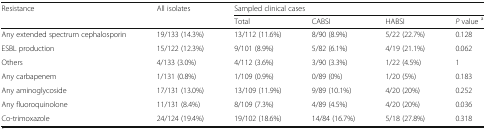
<table><thead><tr><td rowspan="2"><b>Resistance</b></td><td rowspan="2"><b>All isolates</b></td><td colspan="4"><b>Sampled clinical cases</b></td></tr><tr><td><b>Total</b></td><td><b>CABSI</b></td><td><b>HABSI</b></td><td><b><i>P</i> value <sup>a</sup></b></td></tr></thead><tbody><tr><td>Any extended spectrum cephalosporin</td><td>19/133 (14.3%)</td><td>13/112 (11.6%)</td><td>8/90 (8.9%)</td><td>5/22 (22.7%)</td><td>0.128</td></tr><tr><td>ESBL production</td><td>15/122 (12.3%)</td><td>9/101 (8.9%)</td><td>5/82 (6.1%)</td><td>4/19 (21.1%)</td><td>0.062</td></tr><tr><td>Others</td><td>4/133 (3.0%)</td><td>4/112 (3.6%)</td><td>3/90 (3.3%)</td><td>1/22 (4.5%)</td><td>1</td></tr><tr><td>Any carbapenem</td><td>1/131 (0.8%)</td><td>1/109 (0.9%)</td><td>0/89 (0%)</td><td>1/20 (5%)</td><td>0.183</td></tr><tr><td>Any aminoglycoside</td><td>17/131 (13.0%)</td><td>13/109 (11.9%)</td><td>9/89 (10.1%)</td><td>4/20 (20%)</td><td>0.252</td></tr><tr><td>Any fluoroquinolone</td><td>11/131 (8.4%)</td><td>8/109 (7.3%)</td><td>4/89 (4.5%)</td><td>4/20 (20%)</td><td>0.036</td></tr><tr><td>Co-trimoxazole</td><td>24/124 (19.4%)</td><td>19/102 (18.6%)</td><td>14/84 (16.7%)</td><td>5/18 (27.8%)</td><td>0.318</td></tr></tbody></table>